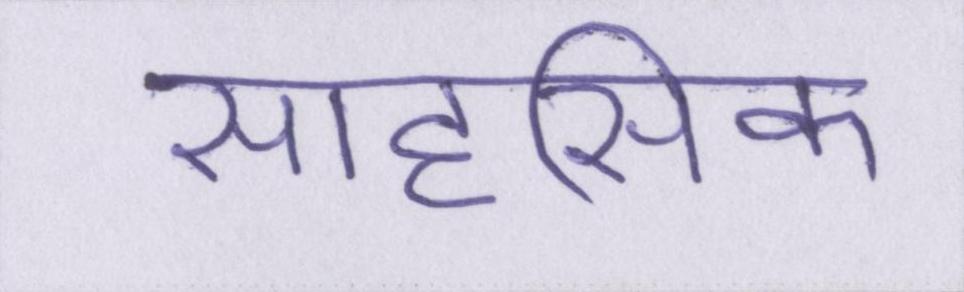
साहसिक